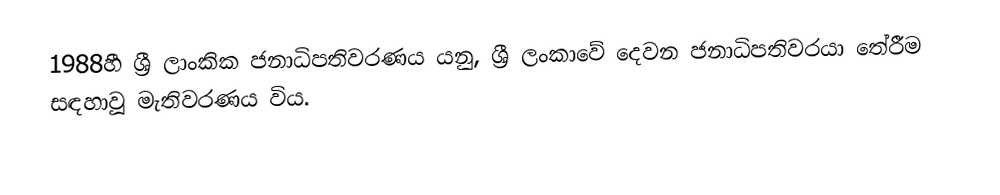
1988හී ශ්‍රී ලාංකික ජනාධිපතිවරණය යනු,  ශ්‍රී ලංකාවේ දෙවන ජනාධිපතිවරයා  තේරීම සඳහාවූ මැතිවරණය  විය.